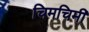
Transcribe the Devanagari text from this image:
चिमचिमी